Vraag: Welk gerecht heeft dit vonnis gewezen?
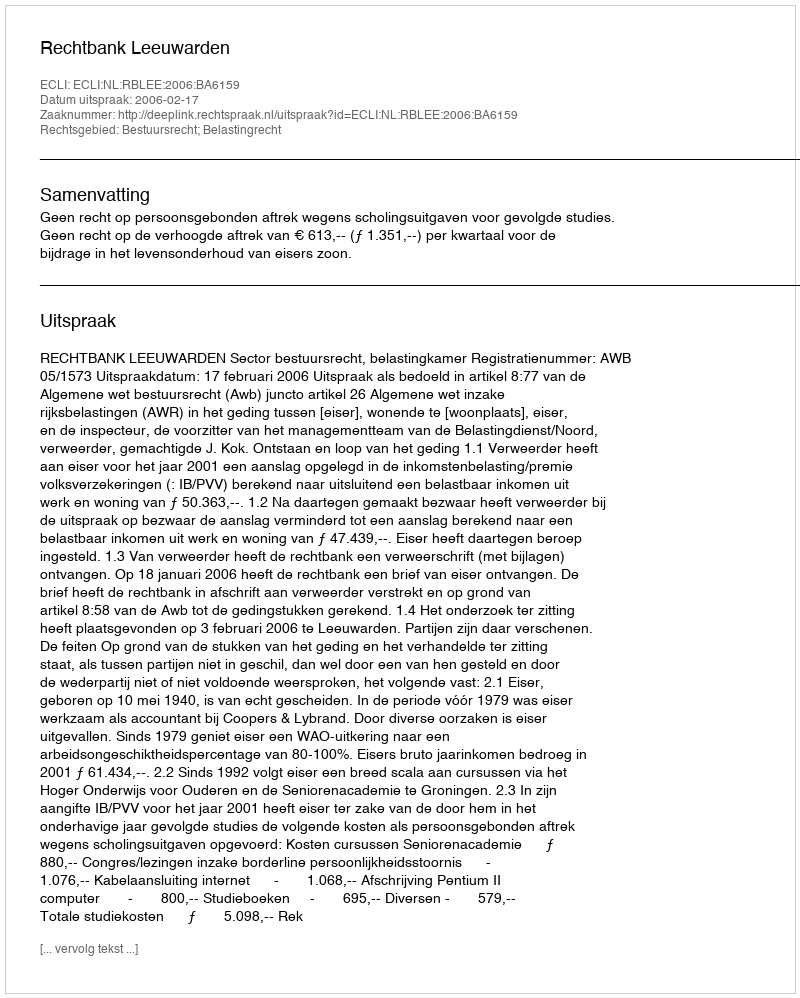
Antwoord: Rechtbank Leeuwarden